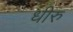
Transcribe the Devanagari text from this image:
धीरु